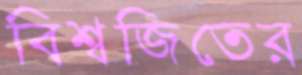
বিশ্বজিতের